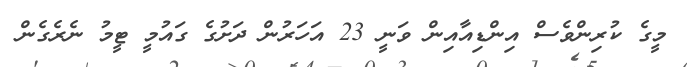
މީގެ ކުރިންވެސް އިންޑިއާއިން ވަނީ 23 އަހަރުން ދަށުގެ ގައުމީ ޓީމު ނެރެގެން